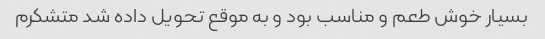
بسیار خوش طعم و مناسب بود و به موقع تحویل داده شد متشکرم